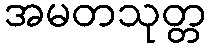
အမတသုတ္တ